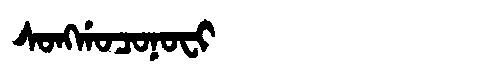
Manchu: ᠰᠣᠩᡤᠣᠴᠣᠨᠣᠸᡳ
Romanization: SONGGOCONOFI